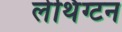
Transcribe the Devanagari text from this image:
लेथिंग्टन